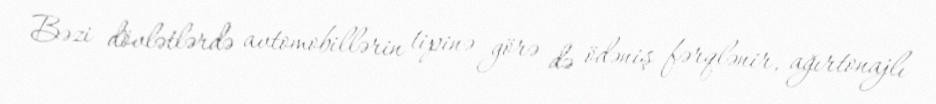
Bəzi dövlətlərdə avtomobillərin tipinə görə də ödəniş fərqlənir, ağırtonajlı